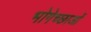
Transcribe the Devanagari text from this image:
भोगेच्छाओं